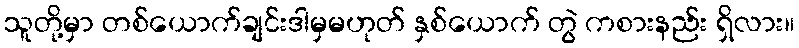
သူတို့မှာ တစ်ယောက်ချင်းဒါမှမဟုတ် နှစ်ယောက် တွဲ ကစားနည်း ရှိလား။